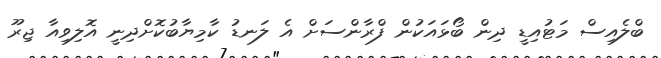
ބްލެއިސް މަޓުއިޑީ ދިން ބޯޅައަކުން ފްރާންސަށް އެ ލަނޑު ކާމިޔާބުކޮށްދިނީ އޮލިވިއާ ޖިރޫ